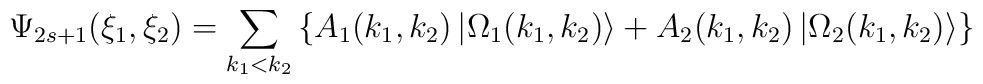
\Psi _{2s+1}(\xi _{1},\xi _{2})=\sum_{k_{1}<k_{2}}\left\{A_{1}(k_{1},k_{2})\left| \Omega _{1}(k_{1},k_{2})\right\rangle+A_{2}(k_{1},k_{2})\left| \Omega _{2}(k_{1},k_{2})\right\rangle \right\}